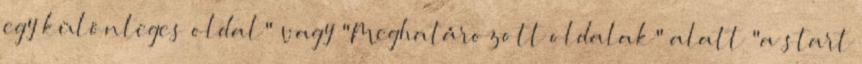
egy különleges oldal" vagy "Meghatározott oldalak" alatt "a start